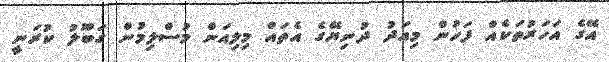
އޭގެ އަހަރުތަކެއް ފަހުން މިއަދު ދުނިޔޭގެ އެތައް މިލިއަން މުސްލިމުން ގަބޫލު ކުރަނީ